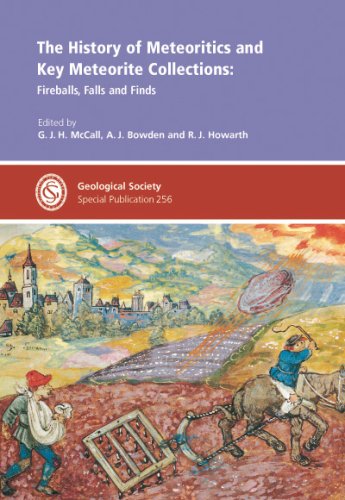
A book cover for The History of MeteoriticsAnd Key Meteorite Collections: Fireballs, Falls & Finds (Geological Society Special Publication) (No. 256); A. J. Bowden; Science & Math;